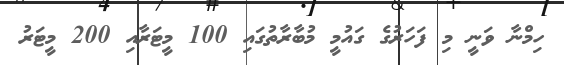
ހިމްނާ ވަނީ މި ފަހަރުގެ ގައުމީ މުބާރާތުގައި 100 މީޓަރާއި 200 މީޓަރު